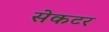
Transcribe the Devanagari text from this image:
सेकटर